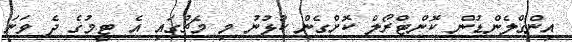
އިންގްލެންޑުން ކޮންޓްރޯލް ކޮށްގެން ކުޅުނު މި މެޗުގައި އެ ޓީމުގެ ދެ ވަނަ